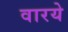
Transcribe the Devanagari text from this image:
वारये